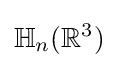
\mathbb {H} _{n}(\mathbb {R} ^{3})